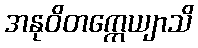
အနုဝိတက္ကေယျာသိ